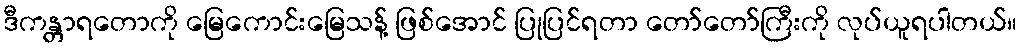
ဒီကန္တာရတောကို မြေကောင်းမြေသန့် ဖြစ်အောင် ပြုပြင်ရတာ တော်တော်ကြီးကို လုပ်ယူရပါတယ်။